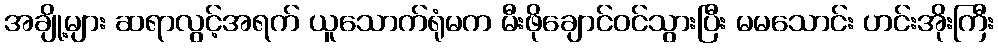
အချို့များ ဆရာလွင့်အရက် ယူသောက်ရုံမက မီးဖိုချောင်ဝင်သွားပြီး မမသောင်း ဟင်းအိုးကြီး